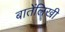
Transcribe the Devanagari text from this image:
बातेंलिखी